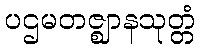
ပဌမတဇ္ဈာနသုတ္တံ